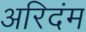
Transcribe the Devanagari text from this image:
अरिदंम